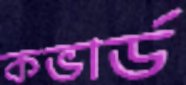
কভার্ড